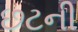
છટની